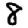
Digit: 8